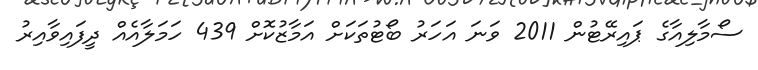
ސޯމާލިއާގެ ޕައިރޭޓުން 2011 ވަނަ އަހަރު ބޯޓުތަކަށް އަމާޒުކޮށް 439 ހަމަލާއެއް ދީފައިވާއިރު